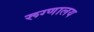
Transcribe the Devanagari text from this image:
रूग्‍णालय